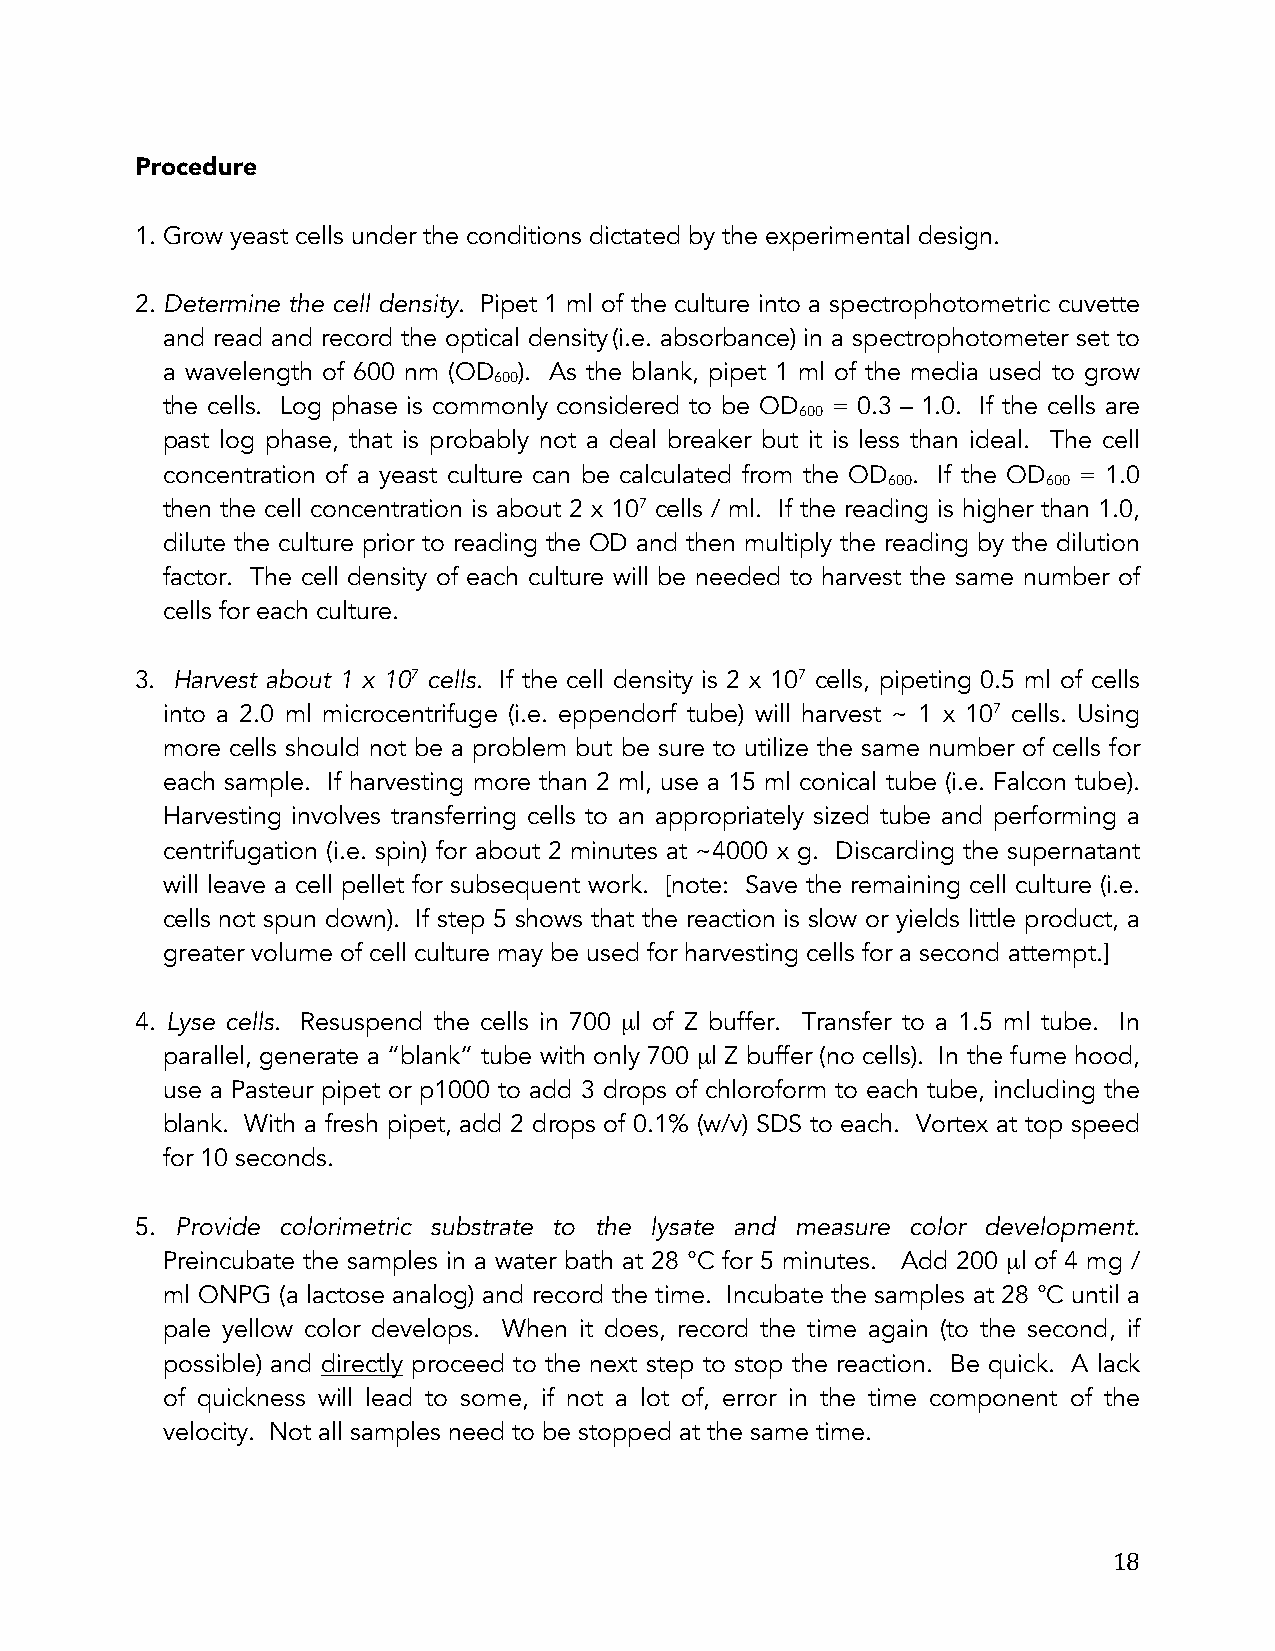
Procedure
 1. Grow yeast cells under the conditions dictated by the experimental design.
 2. Determine the cell density. Pipet 1 ml of the culture into a spectrophotometric cuvette
 and read and record the optical density(i.e. absorbance) in a spectrophotometer set to
 a wavelength of 600 nm (OD ). As the blank, pipet 1 ml of the media used to grow
 600
 the cells. Log phase is commonly considered to be OD = 0.3 – 1.0. If the cells are
 600
 past log phase, that is probably not a deal breaker but it is less than ideal. The cell
 concentration of a yeast culture can be calculated from the OD . If the OD = 1.0
 600       600
 then the cell concentration is about 2 x 107 cells / ml. If the reading is higher than 1.0,
 dilute the culture prior to reading the OD and then multiply the reading by the dilution
 factor. The cell density of each culture will be needed to harvest the same number of
 cells for each culture.
 3. Harvest about 1 x 107 cells. If the cell density is 2 x 107 cells, pipeting 0.5 ml of cells
 into a 2.0 ml microcentrifuge (i.e. eppendorf tube) will harvest ~ 1 x 107 cells. Using
 more cells should not be a problem but be sure to utilize the same number of cells for
 each sample. If harvesting more than 2 ml, use a 15 ml conical tube (i.e. Falcon tube).
 Harvesting involves transferring cells to an appropriately sized tube and performing a
 centrifugation (i.e. spin) for about 2 minutes at ~4000 x g. Discarding the supernatant
 will leave a cell pellet for subsequent work. [note: Save the remaining cell culture (i.e.
 cells not spun down). If step 5 shows that the reaction is slow or yields little product, a
 greater volume of cell culture may be used for harvesting cells for a second attempt.]
 4. Lyse cells. Resuspend the cells in 700 µl of Z buffer. Transfer to a 1.5 ml tube. In
 parallel, generate a “blank” tube with only 700 µl Z buffer (no cells). In the fume hood,
 use a Pasteur pipet or p1000 to add 3 drops of chloroform to each tube, including the
 blank. With a fresh pipet, add 2 drops of 0.1% (w/v) SDS to each. Vortex at top speed
 for 10 seconds.
 5. Provide colorimetric substrate to the lysate and measure color development.
 Preincubate the samples in a water bath at 28 °C for 5 minutes. Add 200 µl of 4 mg /
 ml ONPG (a lactose analog) and record the time. Incubate the samples at 28 °C until a
 pale yellow color develops. When it does, record the time again (to the second, if
 possible) and directly proceed to the next step to stop the reaction. Be quick. A lack
 of quickness will lead to some, if not a lot of, error in the time component of the
 velocity. Not all samples need to be stopped at the same time.
 18